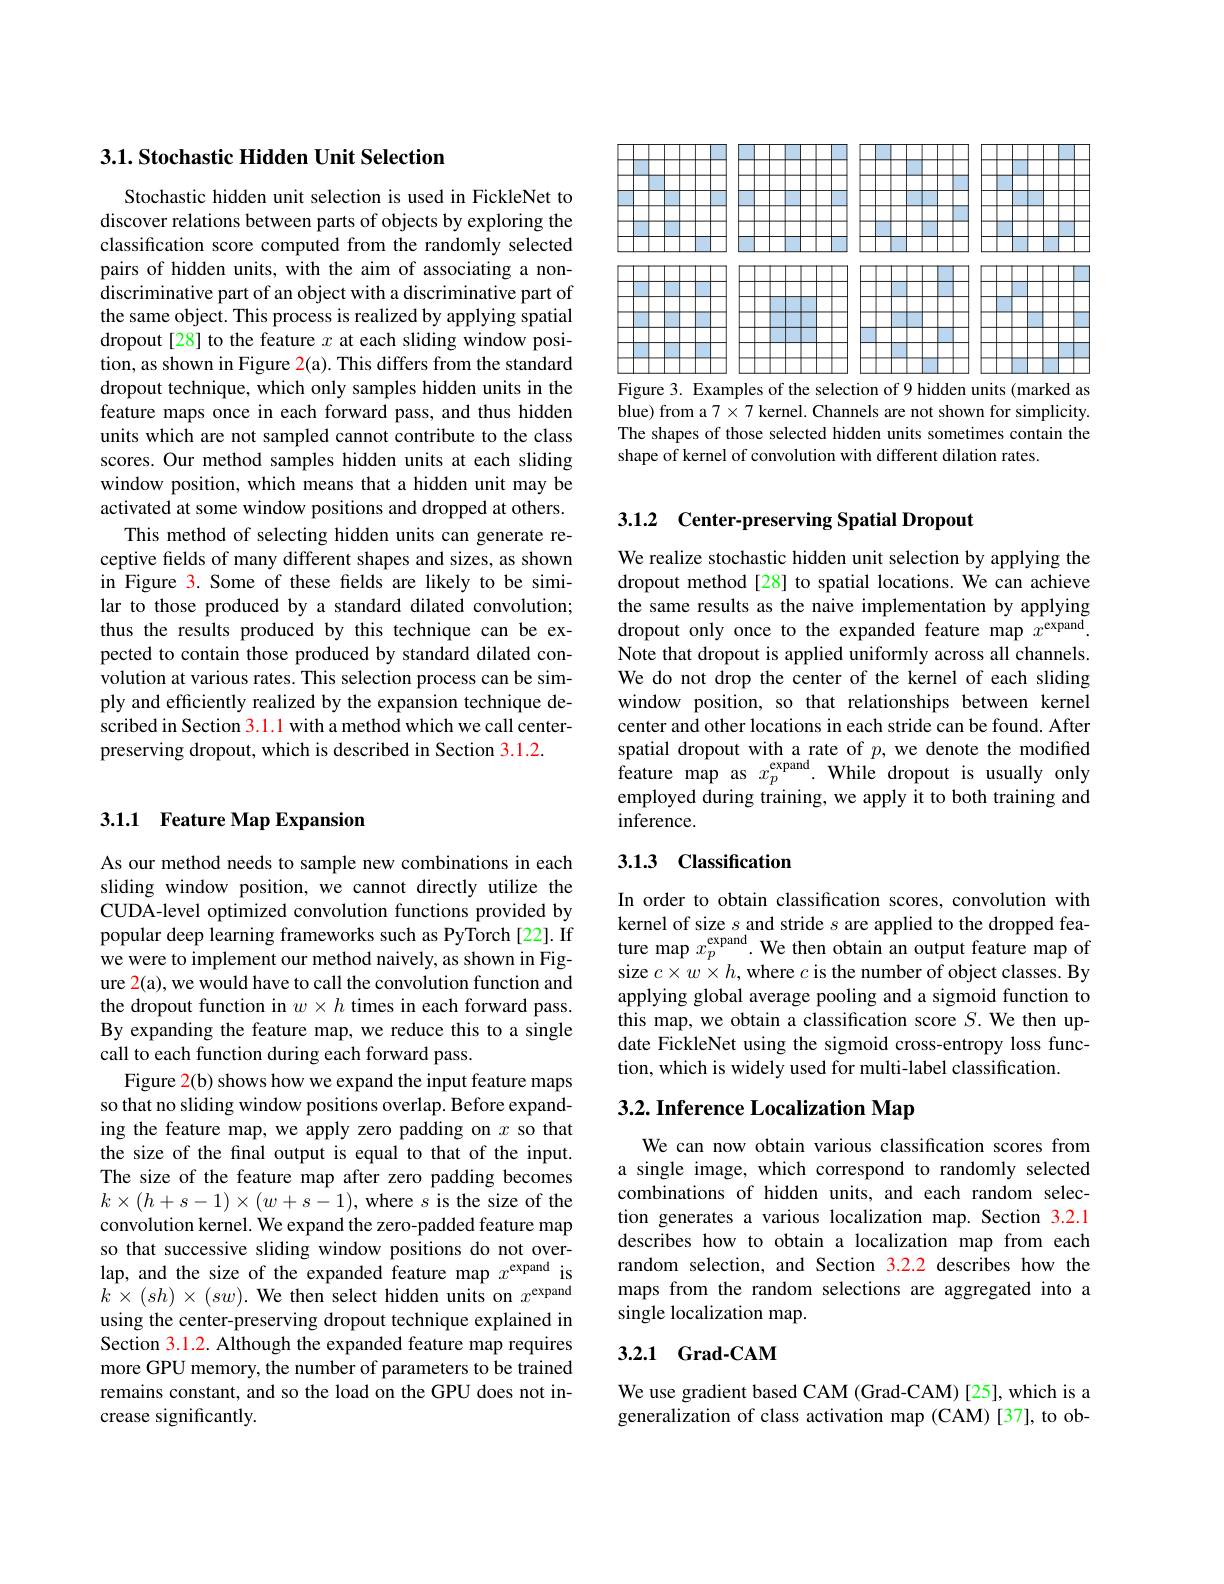
### $3. 1. \textbf{ Stochastic Hidden Unit Selection}$

Stochastic hidden unit selection is used in FickleNet to discover relations between parts of objects by exploring the classification score computed from the randomly selected pairs of hidden units, with the aim of associating a nondiscriminative part of an object with a discriminative part of the same object. This process is realized by applying spatial dropout[28] to the feature $x$ at each sliding window position, as shown in Figure 2(a). This differs from the standard dropout technique, which only samples hidden units in the feature maps once in each forward pass, and thus hidden units which are not sampled cannot contribute to the class scores. Our method samples hidden units at each sliding window position, which means that a hidden unit may be activated at some window positions and dropped at others.
This method of selecting hidden units can generate receptive felds of many different shapes and sizes, as shown in Figure 3. Some of these felds are likely to be similar to those produced by a standard dilated convolution; thus the results produced by this technique can be expected to contain those produced by standard dilated convolution at various rates. This selection process can be simply and efficiently realized by the expansion technique described in Section 3.1.1 with a method which we call centerpreserving dropout, which is described in Section 3.1.2.

## 3.1.1 Feature Map Expansion

As our method needs to sample new combinations in each sliding window position, we cannot directly utilize the CUDA-level optimized convolution functions provided by popular deep learning frameworks such as PyTorch [22]. If we were to implement our method naively, as shown in Figure 2(a), we would have to call the convolution function and the dropout function in $w\times h$ times in each forward pass. By expanding the feature map, we reduce this to a single call to each function during each forward pass.
Figure 2(b) shows how we expand the input feature maps so that no sliding window positions overlap. Before expanding the feature map, we apply zero padding on $x$ so that the size of the final output is equal to that of the input. The size of the feature map after zero padding becomes $k\times(h+s-1)\times(w+s-1)$,where $s$ is the size of the convolution kernel. We expand the zero-padded feature map so that successive sliding window positions do not overlap, and the size of the expanded feature map $x^\mathrm{expand}$ is $k\times(sh)\times(sw).$We then select hidden units on $x^\mathrm{expand}$ using the center-preserving dropout technique explained in Section 3.1.2. Although the expanded feature map requires more GPU memory, the number of parameters to be trained remains constant, and so the load on the GPU does not increase significantly.

<FigureHere>
Figure 3. Examples of the selection of 9 hidden units (marked as

blue) from a $7\times7$ kernel. Channels are not shown for simplicity. The shapes of those selected hidden units sometimes contain the shape of kernel of convolution with different dilation rates.

3.1.2 Center-preserving Spatial Dropout

We realize stochastic hidden unit selection by applying the dropout method[28] to spatial locations. We can achieve the same results as the naive implementation by applying dropout only once to the expanded feature map $x^\mathrm{expand}.$ Note that dropout is applied uniformly across all channels. We do not drop the center of the kernel of each sliding window position, so that relationships between kernel center and other locations in each stride can be found. After $\begin{array}{l}{\mathrm{spatial~dropout~with~a~rate~of~}p,~we~denote~the~modified}\\{\mathrm{feature~map~as~}x_{p}^{\mathrm{expand}}.~\mathrm{While~dropout~is~usually~only}}\end{array}$ employed during training, we apply it to both training and inference.

## 3.13 Classification

In order to obtain classification scores, convolution with kernel of size $s$ and stride $s$ are applied to the dropped feature map $x_p^\mathrm{expand}.$ We then obtain an output feature map of size $c\times w\times h$, where $c$ is the number of object classes. By applying global average pooling and a sigmoid function to this map, we obtain a classification score $S.$ We then update FickleNet using the sigmoid cross-entropy loss function, which is widely used for multi-label classification.

## 3.2. Inference Localization Map

We can now obtain various classification scores from a single image, which correspond to randomly selected combinations of hidden units, and each random selection generates a various localization map. Section 3.2.1 describes how to obtain a localization map from each random selection, and Section 3.2.2 describes how the maps from the random selections are aggregated into a single localization map.

### 3.2.1 Grad-CAM

We use gradient based CAM (Grad-CAM) [25], which is a generalization of class activation map (CAM)[37], to ob-